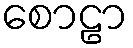
စောဠာ